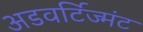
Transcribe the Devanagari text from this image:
अडवर्टिज्मंट